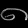
Digit: ၈